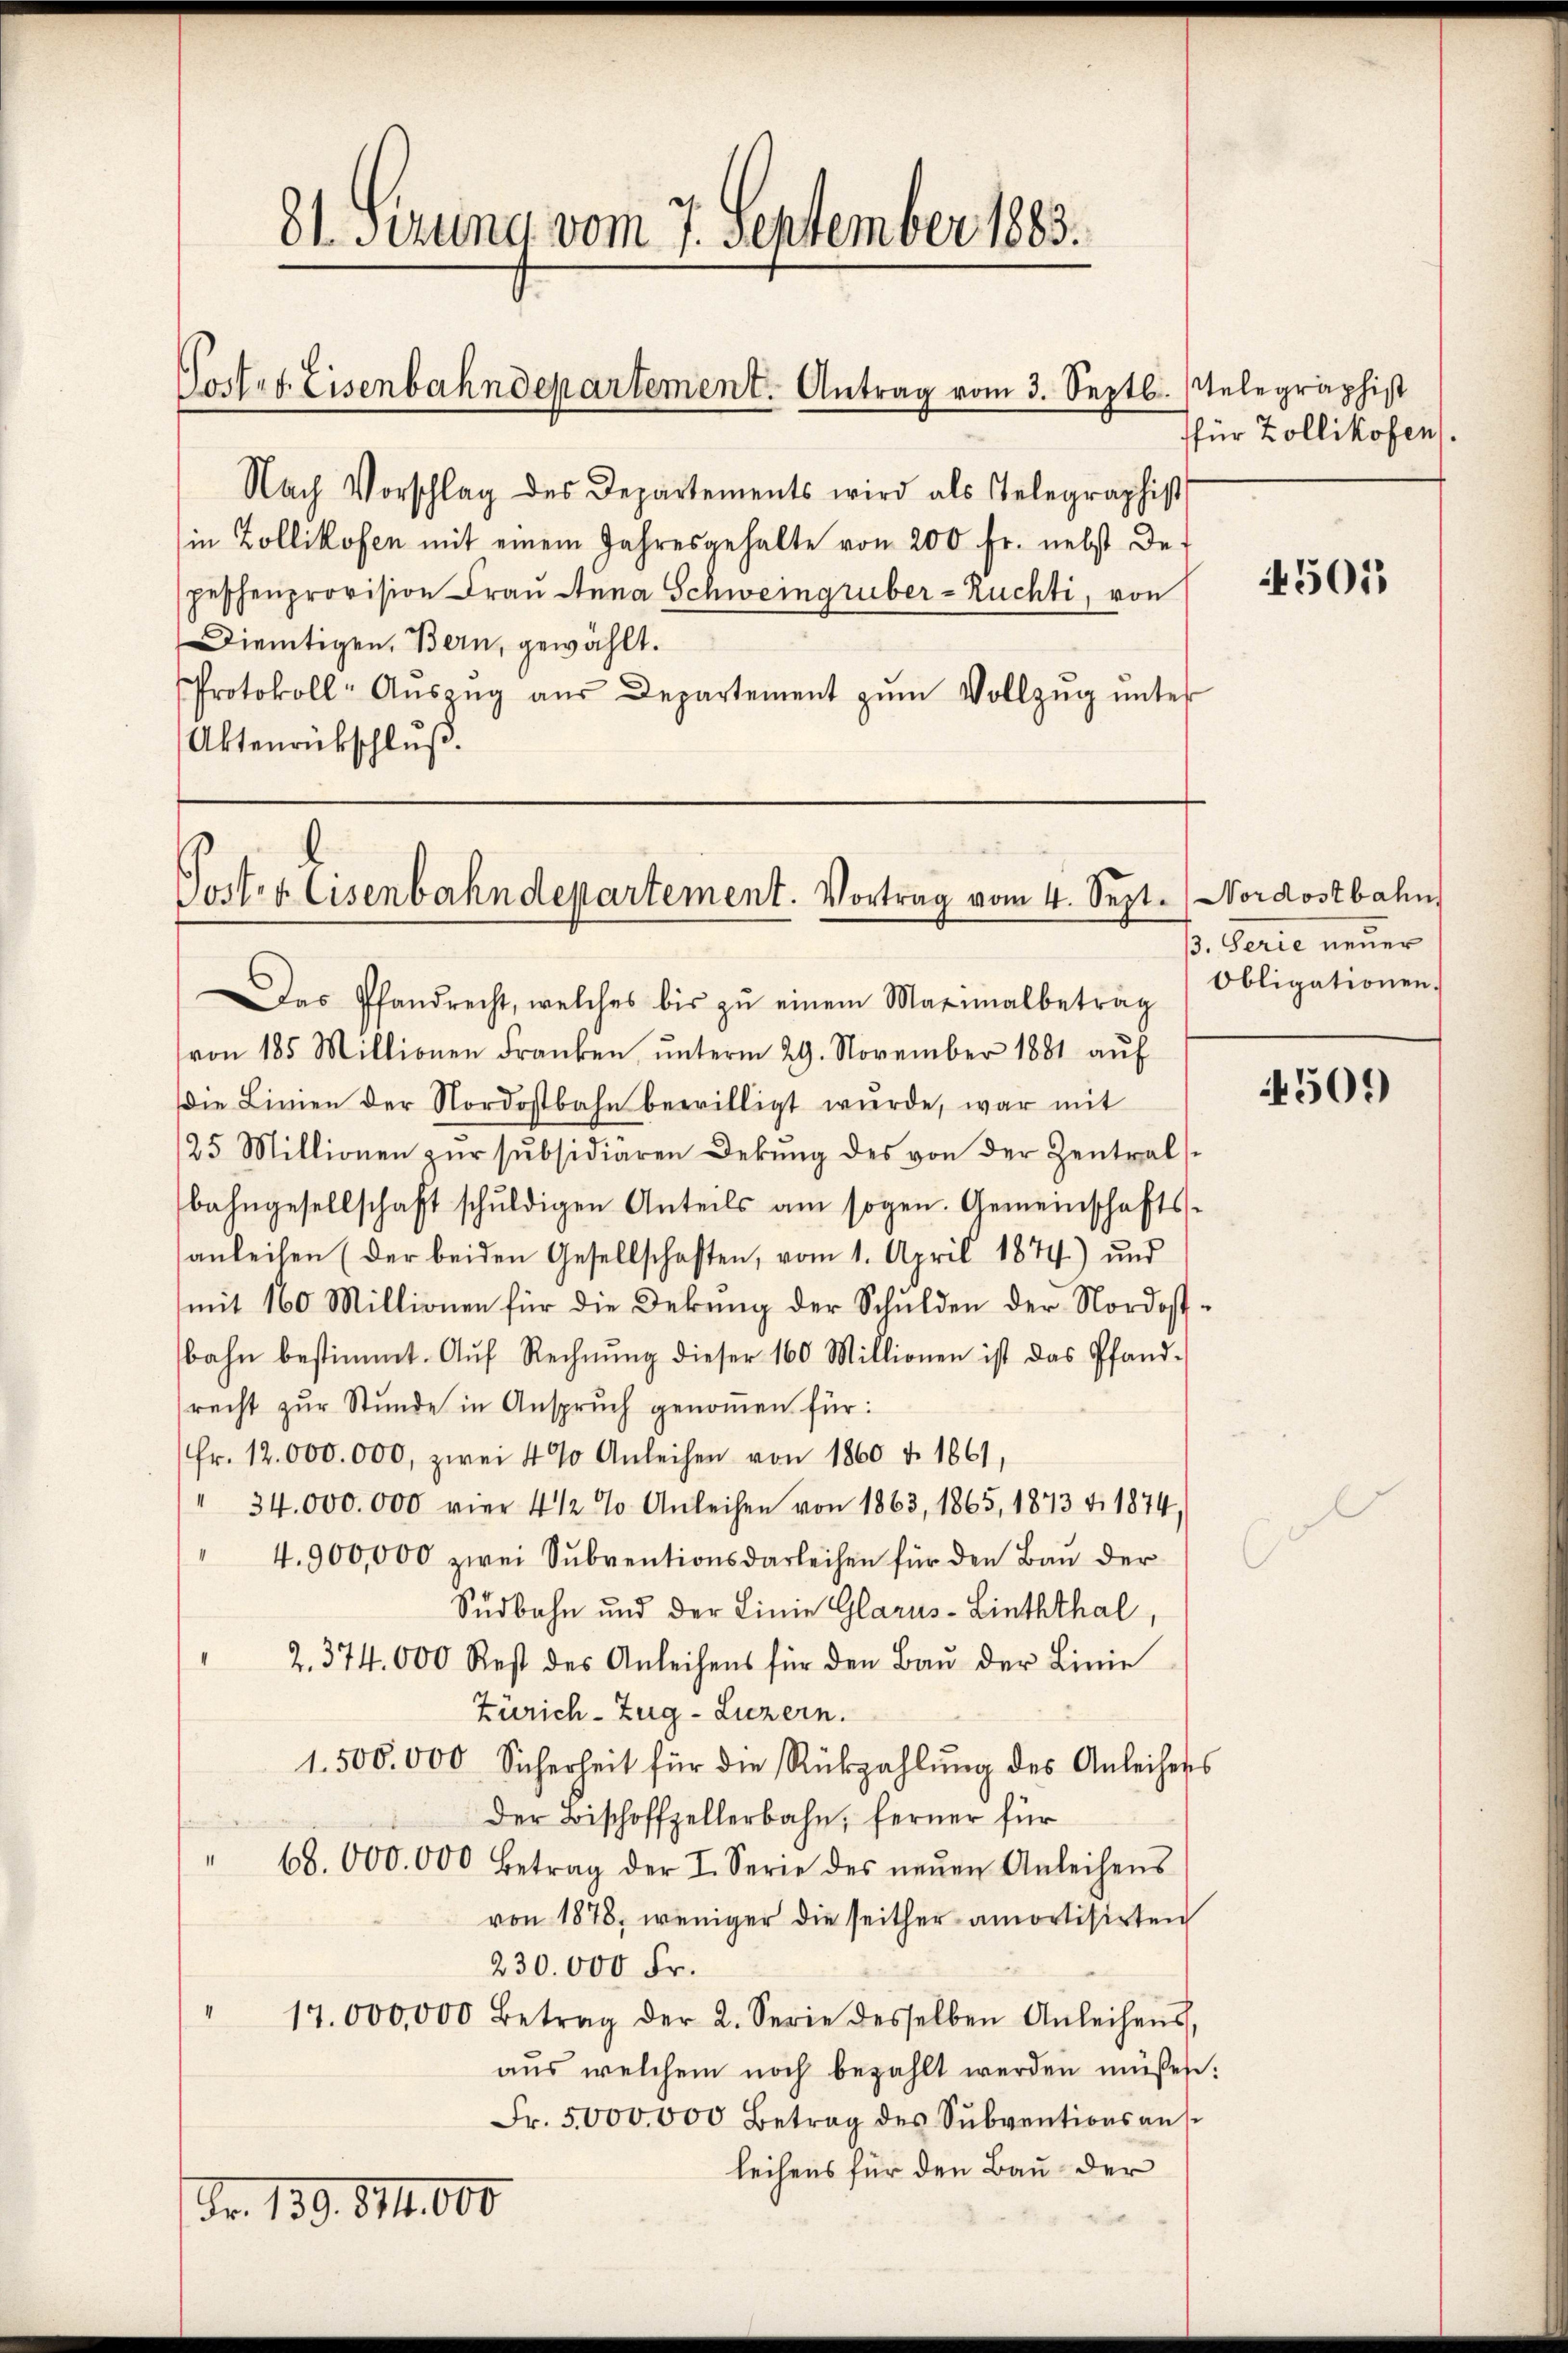
Tortet. Eisenbahndepartement. Antrag vom 3. Septb. Telegraphist

81. Serung vom 7. September 1883.

Nach Vorschlag des Departements wird als Telegraphist
in Zollikofen mit einem Jahresgehalte von 200 Fr. nebst De-
peschenprovision Frau Anna Schweingruber-Ruchti, von
Dietigen, Bern, gewählt.
Protokoll-Aŭszŭg aŭs Departement zŭm Vollzŭg ŭnter
Aktenrückschluß.

Poster Eisenbahndepartement. Vortrag vom 4. Sept.

Fr. 139. 891. 000

für Zollikofen.

Das Pfandrecht, welches bis zŭ einem Maximalbetrag
von 185 Millionen Franken, ŭnterm 29. November 1881 aŭf
die Linien der Nordostbahn bewilligt wurde, war mit
25 Millionen zŭr subsidiären Dekŭng des von der Zentral-
bahngesellschaft schŭldigen Anteils am sogen. Gemeinschafts-
anleihen (der beiden Gesellschaften, vom 1. April 1874) und
mit 160 Millionen für die Dekung der Schulden der Nordostbahn bestimmt. Aŭf Rechnŭng dieser 160 Millionen ist das Pfand-
recht zŭr Stunde in Anspruch genoṁen für:
fr. 12,000. 000, zwei 4% Anleihen von 1860 v. 1861,
"34.000. 000 vier 4 1/2 % Anleihen von 1863, 1865, 1873 v. 1874,
" 4.900,000 zwei Sŭbventionsdarleihen für den Baŭ der
Südbahn und der Linie Glarus-Linththal,
2. 374. 000 Rest des Anleihens für den Baŭ der Linie
Zürich–Zug–Luzern.
1.500.000 Sicherheit für die Rückzahlŭng des Anleihen
der Bischoffzellerbahn, ferner für
68.000. 000 Betrag der I. Serie des neŭen Anleihens
von 1878, weniger die seither amortisirten
230.000 Fr.
17.000,000 Betrag der 2. Serie desselben Anleihens,
aus welchem noch bezahlt werden müssen
Fr. 5000.000 Betrag des Subventionsausleihens für den Bau der

4501

Nordostbahn
p. Gerie neuer
Obligationen.

4509)